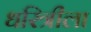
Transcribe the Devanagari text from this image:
धरित्रीला